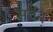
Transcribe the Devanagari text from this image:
सर्वन